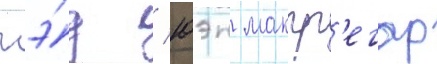
гэ́д / юэн макгр'егор